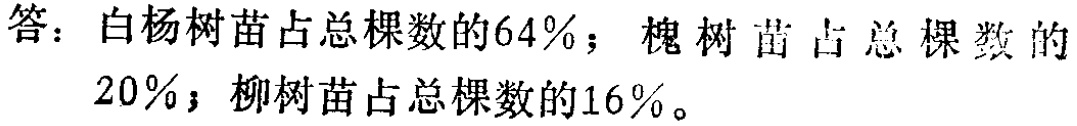
答：白杨树苗占总棵数的64%；槐树苗占总棵数的20%；柳树苗占总棵数的16%。